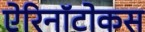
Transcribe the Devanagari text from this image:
ऐरिनॉटोकस